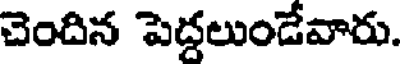
చెందిన పెద్దలుండేవారు.